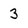
Character: 3